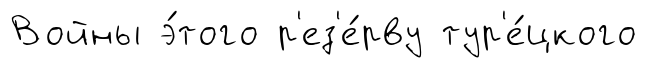
Войны э́того р'ез'е́рву тур'е́цкого